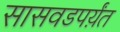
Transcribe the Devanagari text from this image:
सासवडपर्य़ंत